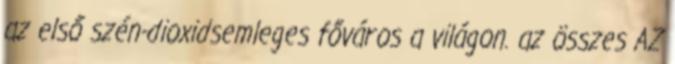
az első szén-dioxidsemleges főváros a világon. az összes AZ